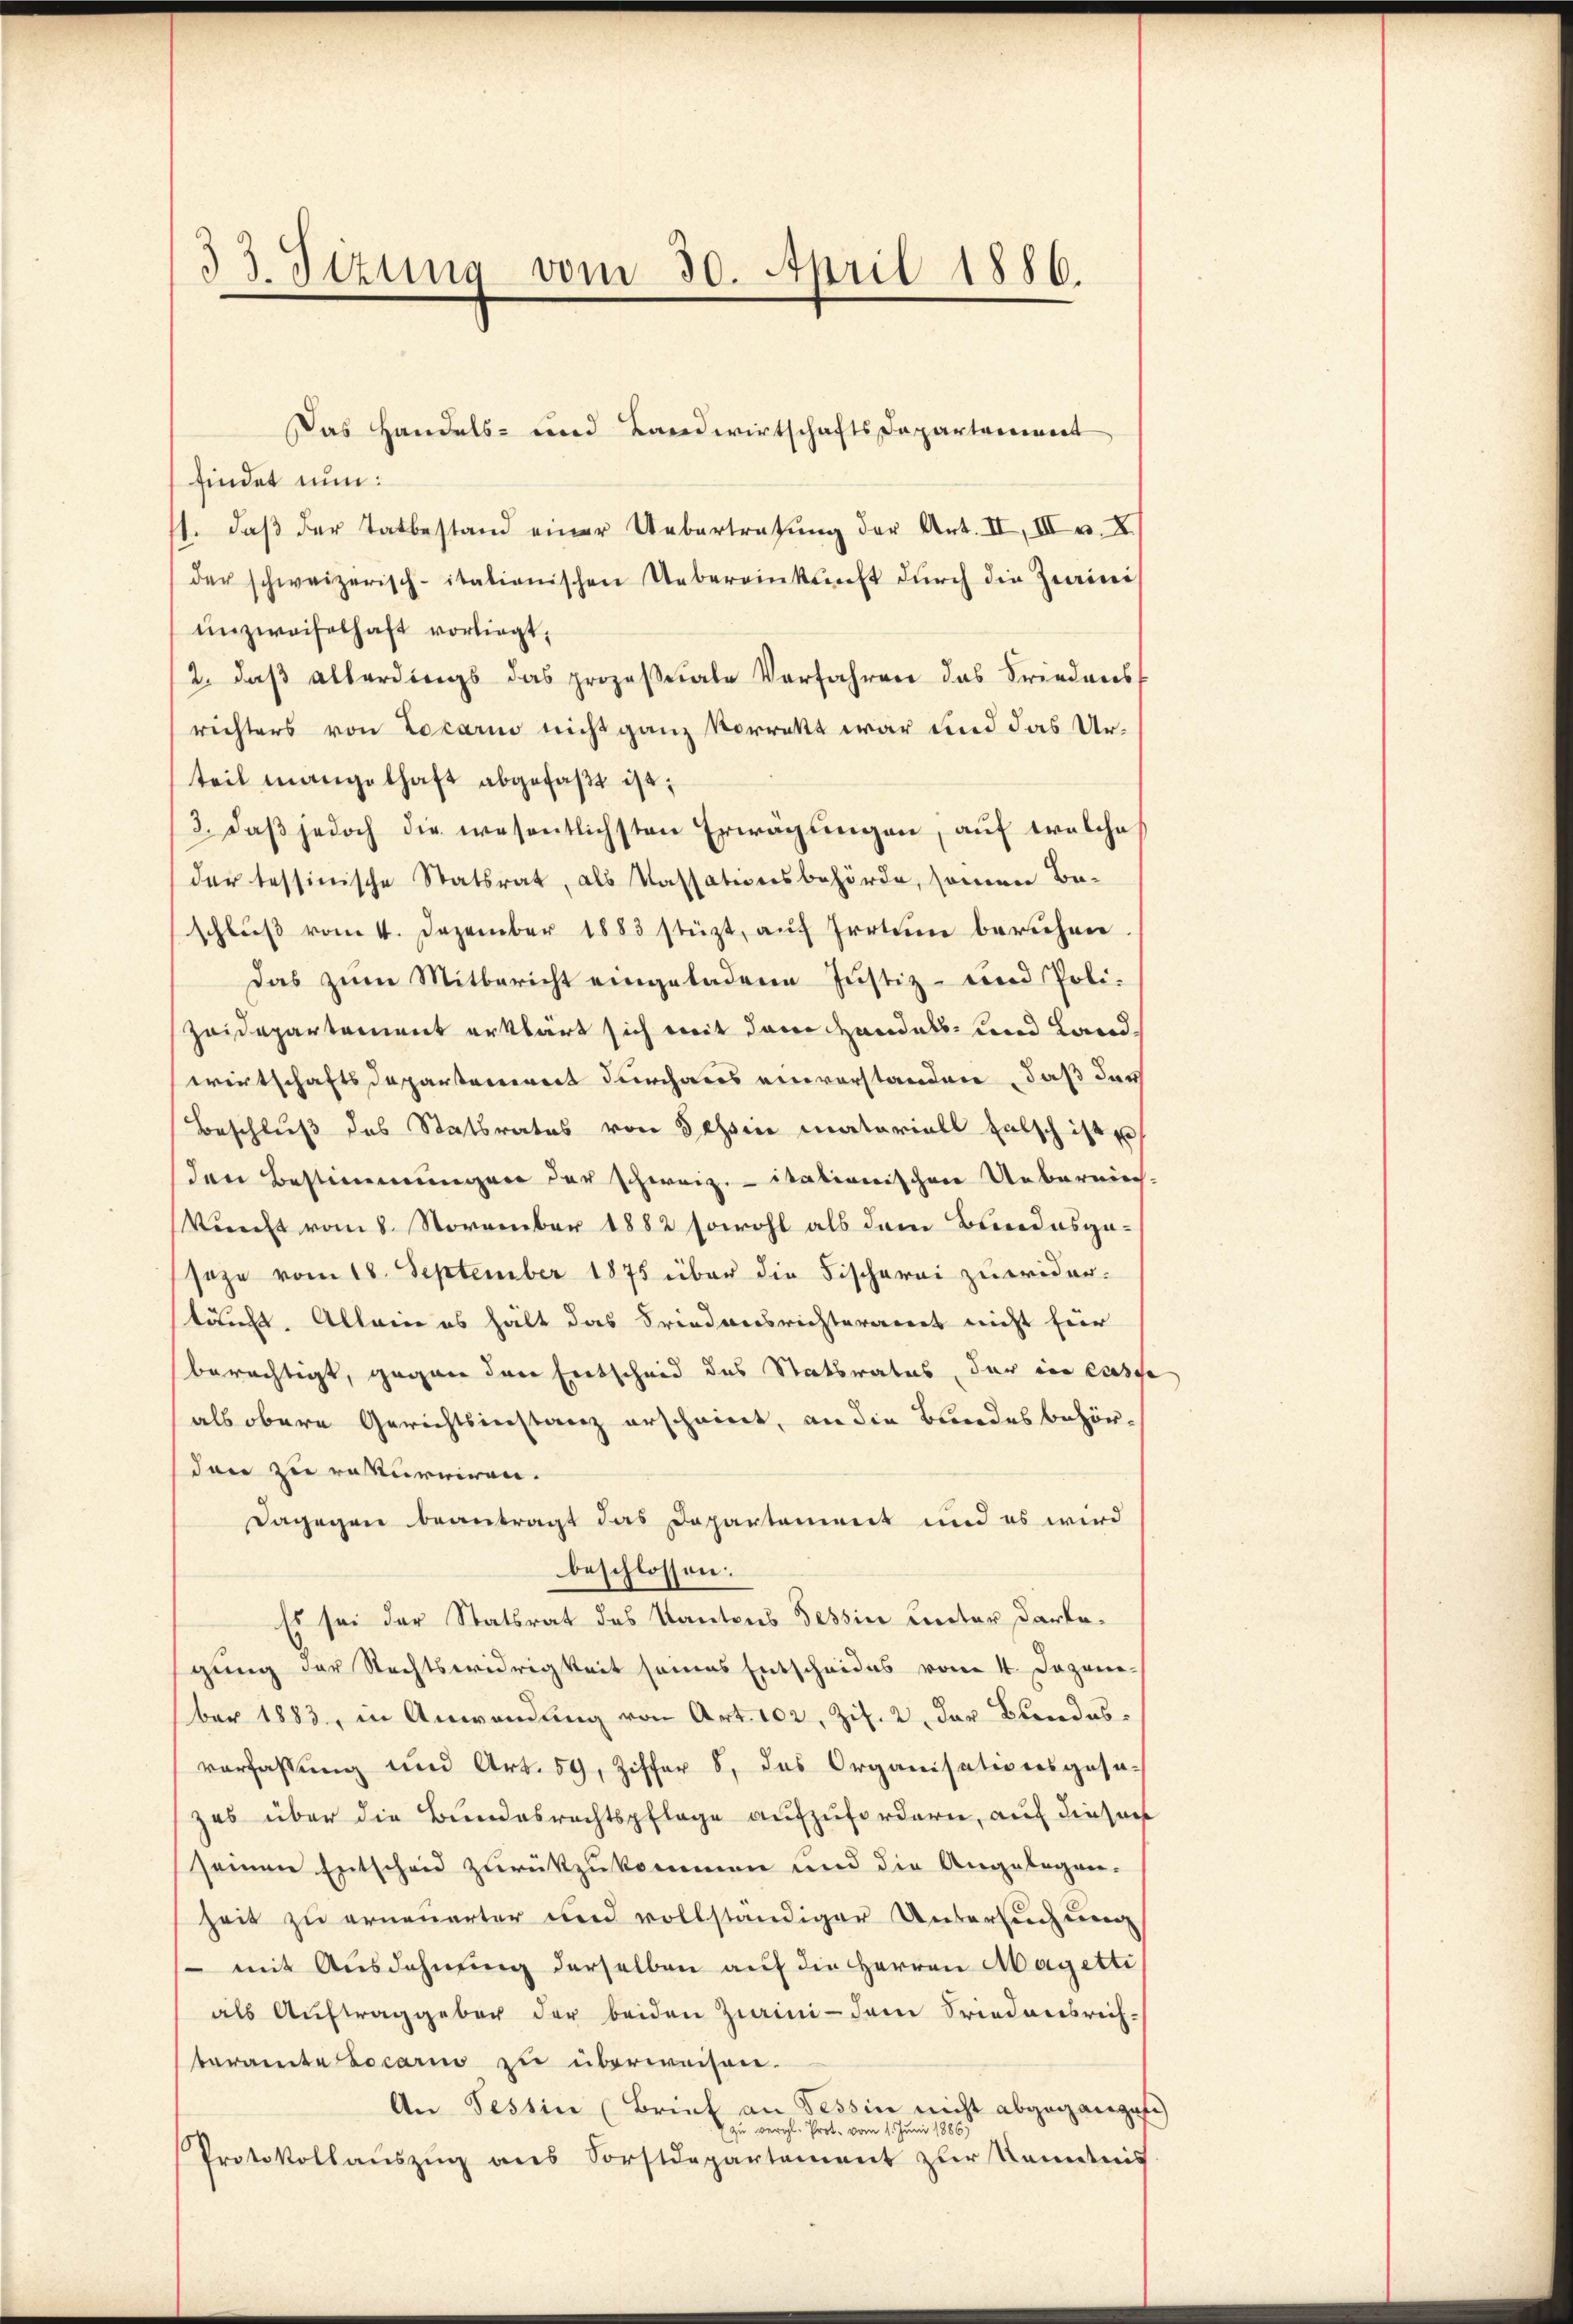
33. Sizung vom 30. April 1886.

Das Handels- und Landwirtschafts Departariiert
findet nun:
1. daβ der Tatbestand einer Uebertretŭng der Art. II, III u. X
der schweizerisch-itationischen Uebereinkunft dŭrch die Zurini
unzweifelhaft vorliegt,
2. daβ allerdings das prozeβsale Verfahren das Friedens
richters von Locarno nicht ganz vorrekt war und das Urteil mangelhaft abgefaßt ist;
3. Daß jedoch die wesentlichsten Erwägungen, auf welche
der tessinische Statsrat, als Kassationsbehörde, sonnen Be-
schlŭβ vom 4. Dezember 1883 stüzt, auf Irrtum beruhen
das zum Mitbericht eingeladene Justiz- und Poli-
Zeidepartement erklärt sich mit dem Handels- und Landwirtschaftsdepartarereit durchaus einverstanden, daß das
Beschlŭβ des Statsrates von Schin materiall falsch ist u
den Bestimmungen der schweiz. itationischen Uebernich
Viecht vom 8. November 1882 sowohl als dem Bundesgeseze vom 18. September 1875 über die Fischerei zuwider-
tauft. Allein es hält das Friedensrichterart nicht für
berechtigt, gegen den Entscheid des Statsrates, der in casse
als obere Gerichtsinstanz erscheint, an die Bundesbehördann zu rekurriren.
Dagegen beantragt das Departement und es wird
beschlossen:
Es sei der Statsrat des Kantons Tessin unter dartegung der Rechtswidrigkeit seines Entscheides vom 4. Dezem
ber 1883, in Anwendŭng von Art. 102, Zif. 2 der Bundesverfassung und Art. 59, Ziffer 8, das Organisationsgesa-
zes über die Bundesrechtspflage aufzufordern, auch dieser
seinen Entscheid zurückzukommen und die Angelegen-
Zeit zu erneuerter und vollständiger Untersuchung
 mit Ausdehnung derselben auf die HHerren Magetti
als Aŭftraggeber der beiden Zwini- dem Friedensrich-
teramtabocario zu überweisen.
An Tessin (Brief an Tessin nicht abgegangen
zu vergl. Prot. vom 1. Juni 1886)
Protokollauszug aus Sorstdepartement zur Kenntnis